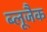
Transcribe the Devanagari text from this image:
ब्लूजैक